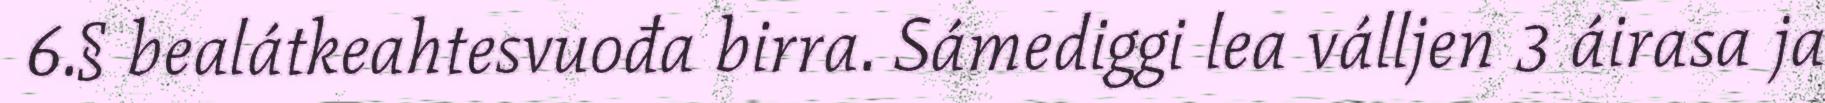
6.§ bealátkeahtesvuođa birra. Sámediggi lea válljen 3 áirasa ja